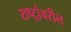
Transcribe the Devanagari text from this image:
राष्ट्रांवरील